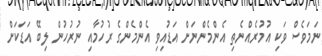
ނަމަވެސް ވަކި އުމުރެއްނެތި އެންމެންނަށް އަޑުއިވި އެންމެންގެ ރުހުމާއި ނުރުހުން ލިބޭ އަޑަކަށް